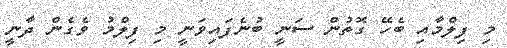
މި ފިލްމާއި ބެހޭ ގޮތުން ސަނީ ބުނެފައިވަނީ މި ފިލްމު ވެގެން ދާނީ